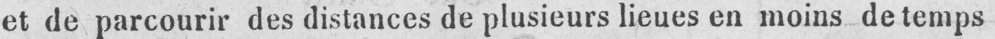
et de parcourir des distances de plusieurs lieues en moins de temps